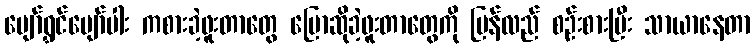
ပျော်ရွှင်ပျော်ပါး ကစားခဲ့ဖူးတာတွေ ပြောဆိုခဲ့ဖူးတာတွေကို ပြန်လည် စဉ်းစားပြီး သာယာနေတာ